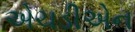
એચડીએન